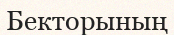
Бекторының